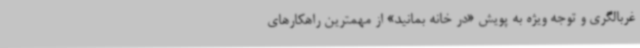
غربالگری و توجه ویژه به پویش «در خانه بمانید» از مهمترین راهکارهای